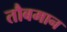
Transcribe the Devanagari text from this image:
तौबमान